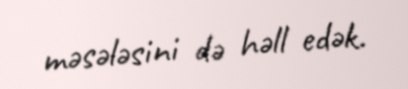
məsələsini də həll edək.